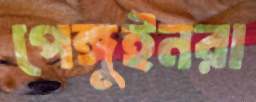
পেঙ্গুইনরা